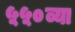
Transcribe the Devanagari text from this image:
५५०व्या